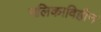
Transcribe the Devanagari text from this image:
नलिकाविहीन